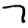
Digit: 7